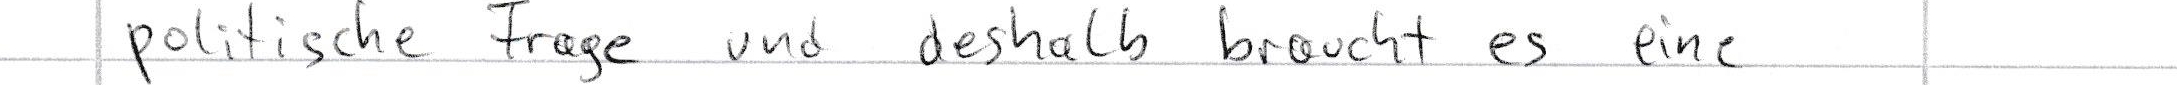
politische Frage und deshalb braucht es eine